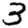
Digit: 3